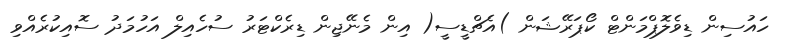
ހައުސިން ޑިވެލޮޕްމަންޓް ކޯޕަރޭޝަން )އެޗްޑީސީ( އިން މެނޭޖިން ޑިރެކްޓަރު ސުހެއިލް އަހުމަދު ސޮއިކުރެއްވި